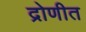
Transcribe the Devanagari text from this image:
द्रोणीत